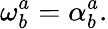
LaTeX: \mathbf{\omega}_{b}^{a}=\mathbf{\alpha}_{b}^{a}.